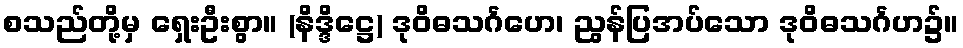
စသည်တို့မှ ရှေးဦးစွာ။ (နိဒ္ဒိဋ္ဌေ) ဒုဝိဓသင်္ဂဟေ၊ ညွန်ပြအပ်သော ဒုဝိဓသင်္ဂဟ၌။